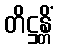
တိဋ္ဌန္တိံ